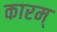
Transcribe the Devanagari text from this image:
कारम्